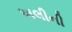
અલીની